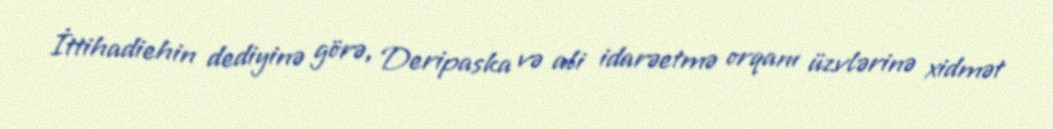
İttihadiehin dediyinə görə, Deripaska və ali idarəetmə orqanı üzvlərinə xidmət